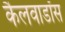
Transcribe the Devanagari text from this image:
कैलवाडॉस